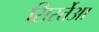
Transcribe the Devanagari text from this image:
सिर्स्तेआ